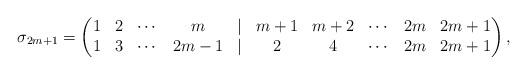
LaTeX: \begin{align*}\sigma_{2m+1}=\begin{pmatrix} 1 & 2 & \cdots & m & | & m+1 & m+2 & \cdots & 2m & 2m+1 \\ 1 & 3 & \cdots & 2m-1 & | & 2 & 4 & \cdots & 2m & 2m+1 \end{pmatrix},\end{align*}